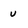
Character: u